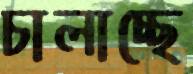
চালাচ্ছে